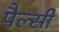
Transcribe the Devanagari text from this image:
पैल्सी